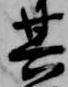
其